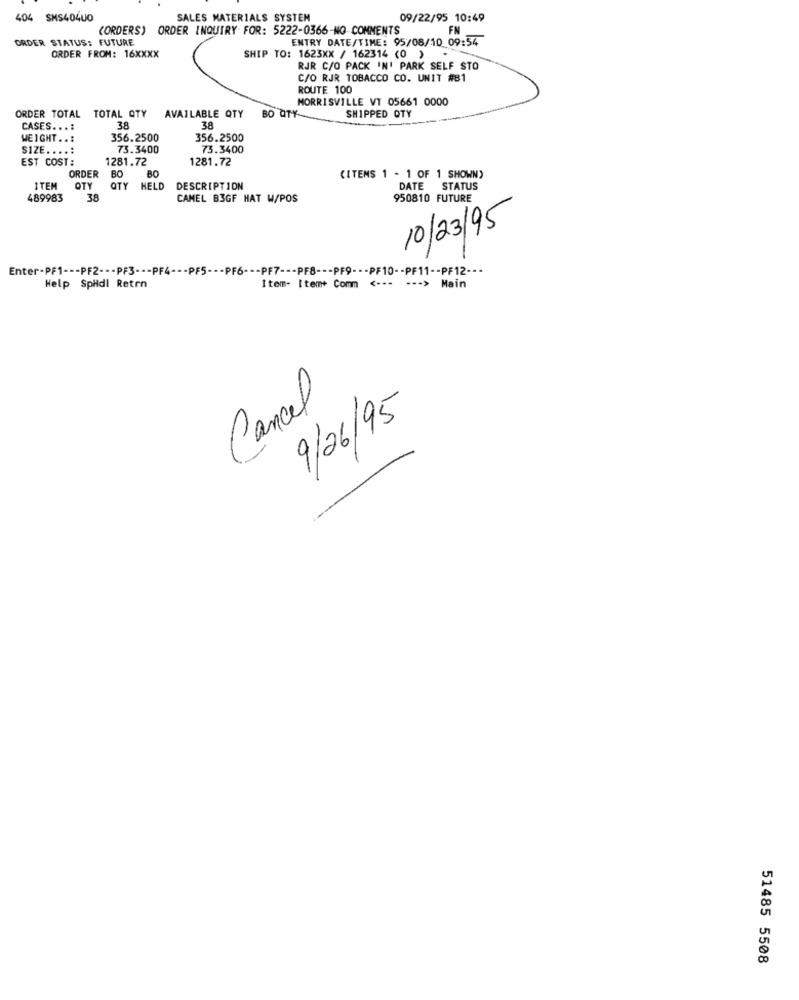
404 SMS40400
SALES MATERIALS SYSTEM
09/22/95 10:49
(ORDERS) ORDER INQUIRY FOR: 5222-0366-NO COMMENTS
FN
ORDER STATUS: FUTURE
ENTRY DATE/TIME: 95/08/10 09:54
ORDER FROM: 16XXXX
SHIP TO: 1623XX / 162314 (0 ) -
RJR C/O PACK IN' PARK SELF STO
C/O RJR TOBACCO CO. UNIT #81
ROUTE 100
MORRISVILLE VT 05661 0000
BO QTY
ORDER TOTAL TOTAL QTY
AVAILABLE QTY
SHIPPED QTY
CASES ...:
38
38
WEIGHT . .:
356.2500
356.2500
SIZE ....:
73.3400
73.3400
EST COST:
1281.72
1281.72
ORDER
BO
(ITEMS 1 - 1 OF 1 SHOWN)
ITEM
OTY
QTY HELD
DESCRIPTION
DATE STATUS
489983
38
CAMEL B3GF HAT W/POS
950810 FUTURE
10/23/95
Enter-PF1 --- PF2 --- PF3 --- PF4 --- PF5 --- PF6 --- PF7 --- PF8 --- PF9 --- PF10 -- PF11 -- PF12 ---
Help Spildl Reten
Item- Item+ Comm <--- --- > Main
Cancel
9/26/95
51485 5508